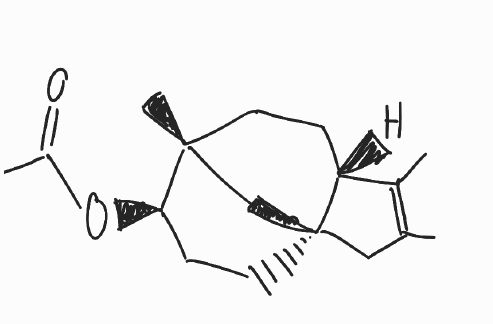
Simplified molecular-input line-entry system (SMILES) notation of the given molecule:
CC1=C([C@H]2CC[C@@]3(C[C@@]2(C1)CC[C@H]3OC(=O)C)C)C